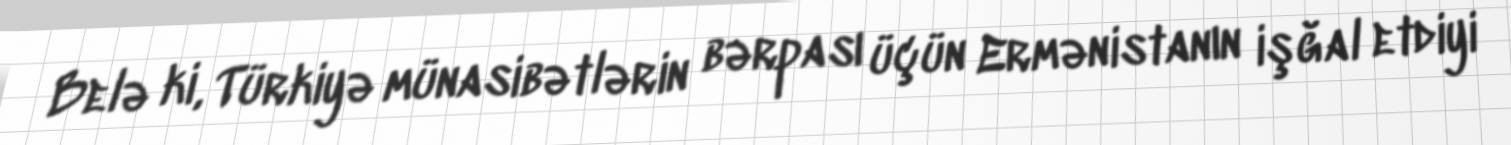
Belə ki, Türkiyə münasibətlərin bərpası üçün Ermənistanın işğal etdiyi